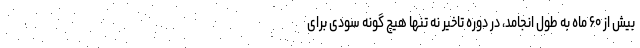
بیش از ۶۰ ماه به طول انجامد، در دوره تاخیر نه تنها هیچ گونه سودی برای